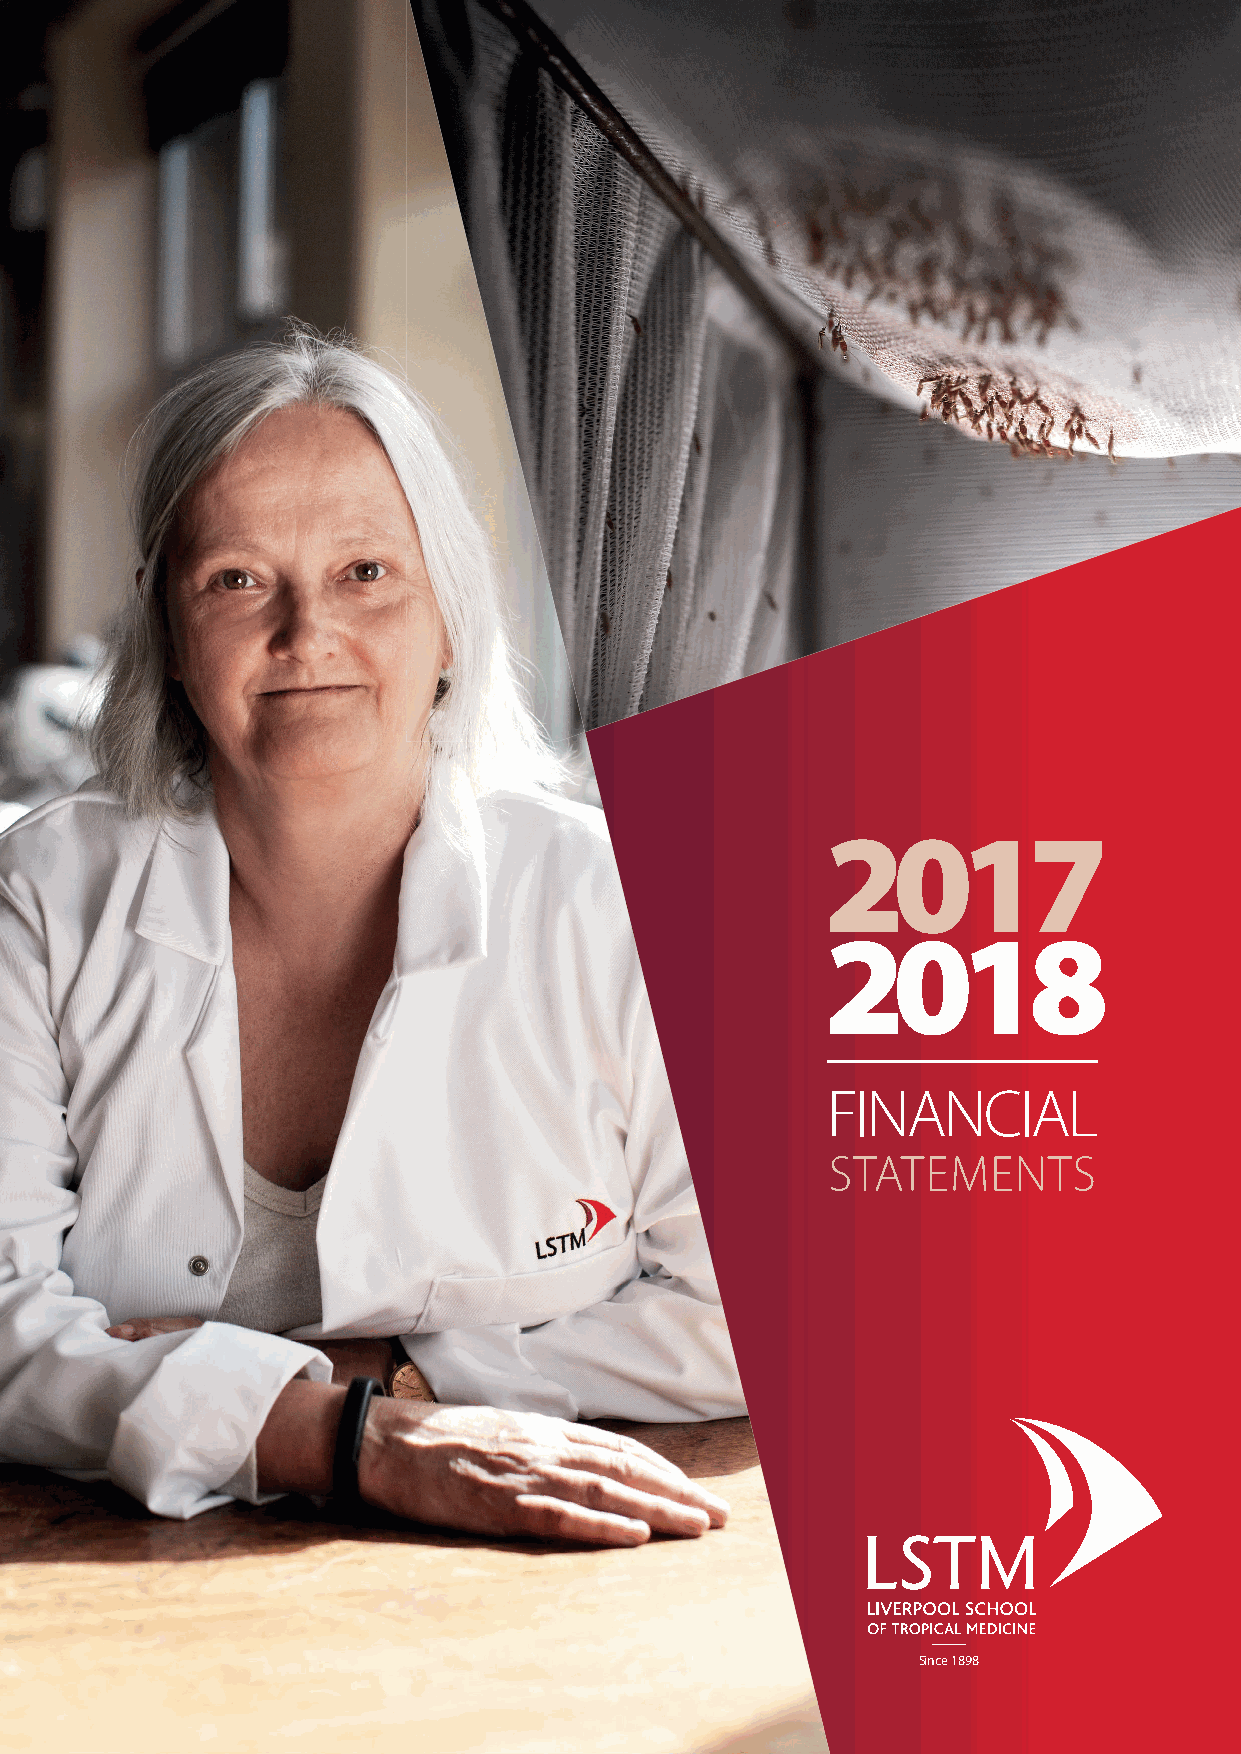
2017
 2018
 FINANCIAL
 STATEMENTS
 Since 1898